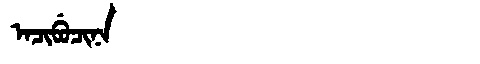
Manchu: ᠠᠴᡳᠪᡠᠴᡳᠨᠠ
Romanization: ACIBUCINA